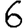
Digit: 6